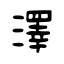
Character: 澤